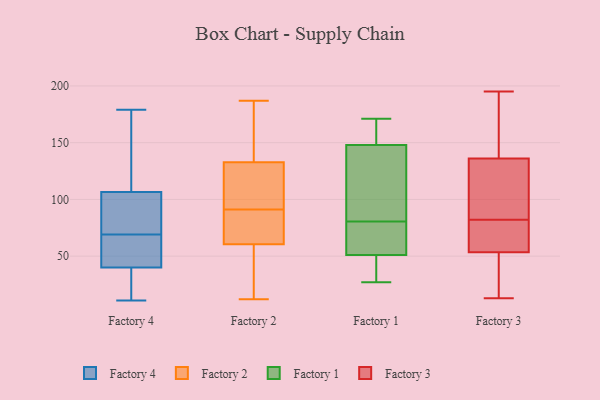
{"axis": {"x": "Production Output", "y": "Value"}, "legend": ["Factory 1", "Factory 2", "Factory 3", "Factory 4"], "data": [{"x": "", "y": 63, "type": "Factory 4"}, {"x": "", "y": 12, "type": "Factory 4"}, {"x": "", "y": 79, "type": "Factory 4"}, {"x": "", "y": 76, "type": "Factory 4"}, {"x": "", "y": 11, "type": "Factory 4"}, {"x": "", "y": 130, "type": "Factory 4"}, {"x": "", "y": 171, "type": "Factory 4"}, {"x": "", "y": 69, "type": "Factory 4"}, {"x": "", "y": 63, "type": "Factory 4"}, {"x": "", "y": 14, "type": "Factory 4"}, {"x": "", "y": 112, "type": "Factory 4"}, {"x": "", "y": 40, "type": "Factory 4"}, {"x": "", "y": 81, "type": "Factory 4"}, {"x": "", "y": 28, "type": "Factory 4"}, {"x": "", "y": 90, "type": "Factory 4"}, {"x": "", "y": 140, "type": "Factory 4"}, {"x": "", "y": 65, "type": "Factory 4"}, {"x": "", "y": 179, "type": "Factory 4"}, {"x": "", "y": 40, "type": "Factory 4"}, {"x": "", "y": 62, "type": "Factory 2"}, {"x": "", "y": 140, "type": "Factory 2"}, {"x": "", "y": 108, "type": "Factory 2"}, {"x": "", "y": 144, "type": "Factory 2"}, {"x": "", "y": 12, "type": "Factory 2"}, {"x": "", "y": 72, "type": "Factory 2"}, {"x": "", "y": 60, "type": "Factory 2"}, {"x": "", "y": 30, "type": "Factory 2"}, {"x": "", "y": 111, "type": "Factory 2"}, {"x": "", "y": 91, "type": "Factory 2"}, {"x": "", "y": 187, "type": "Factory 2"}, {"x": "", "y": 56, "type": "Factory 1"}, {"x": "", "y": 73, "type": "Factory 1"}, {"x": "", "y": 77, "type": "Factory 1"}, {"x": "", "y": 166, "type": "Factory 1"}, {"x": "", "y": 51, "type": "Factory 1"}, {"x": "", "y": 27, "type": "Factory 1"}, {"x": "", "y": 103, "type": "Factory 1"}, {"x": "", "y": 171, "type": "Factory 1"}, {"x": "", "y": 163, "type": "Factory 1"}, {"x": "", "y": 29, "type": "Factory 1"}, {"x": "", "y": 87, "type": "Factory 1"}, {"x": "", "y": 52, "type": "Factory 1"}, {"x": "", "y": 37, "type": "Factory 1"}, {"x": "", "y": 84, "type": "Factory 1"}, {"x": "", "y": 40, "type": "Factory 1"}, {"x": "", "y": 171, "type": "Factory 1"}, {"x": "", "y": 148, "type": "Factory 1"}, {"x": "", "y": 140, "type": "Factory 1"}, {"x": "", "y": 82, "type": "Factory 3"}, {"x": "", "y": 158, "type": "Factory 3"}, {"x": "", "y": 66, "type": "Factory 3"}, {"x": "", "y": 99, "type": "Factory 3"}, {"x": "", "y": 43, "type": "Factory 3"}, {"x": "", "y": 195, "type": "Factory 3"}, {"x": "", "y": 130, "type": "Factory 3"}, {"x": "", "y": 29, "type": "Factory 3"}, {"x": "", "y": 159, "type": "Factory 3"}, {"x": "", "y": 82, "type": "Factory 3"}, {"x": "", "y": 142, "type": "Factory 3"}, {"x": "", "y": 64, "type": "Factory 3"}, {"x": "", "y": 13, "type": "Factory 3"}, {"x": "", "y": 68, "type": "Factory 3"}, {"x": "", "y": 107, "type": "Factory 3"}, {"x": "", "y": 32, "type": "Factory 3"}]}